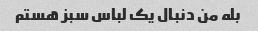
بله من دنبال یک لباس سبز هستم